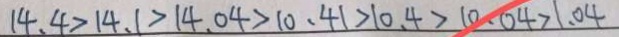
1 4 . 4 > 1 4 . 1 > 1 4 . 0 4 > 1 0 . 4 1 > 1 0 . 4 > 1 0 . 0 4 > 1 . 0 4